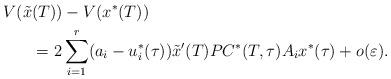
LaTeX: \begin{align*}V(\tilde{x}&(T))-V(x^*(T)) \\ &= 2\sum_{i=1}^r (a_i-u_i^*(\tau))\tilde{x}'(T)P C^*(T,\tau)A_i x^*(\tau) + o(\varepsilon).\end{align*}